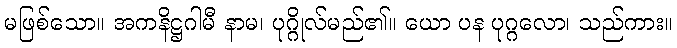
မဖြစ်သော။ အကနိဋ္ဌဂါမီ နာမ၊ ပုဂ္ဂိုလ်မည်၏။ ယော ပန ပုဂ္ဂလော၊ သည်ကား။